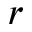
r